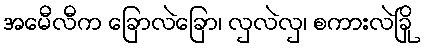
အမေီလီက ခြောလဲခြော၊ လှလဲလှ၊ စကားလဲခြို